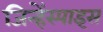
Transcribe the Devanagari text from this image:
जिन्हेंस्पाइस